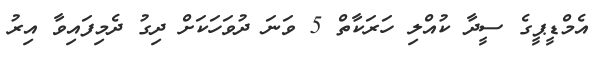
އެމްޑީޕީގެ ސީދާ ކުއްލި ހަރަކާތް 5 ވަނަ ދުވަހަކަށް ދިގު ދެމިފައިވާ އިރު